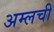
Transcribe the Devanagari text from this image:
अम्लची